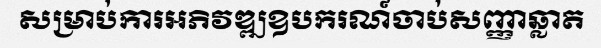
សម្រាប់ការអភិវឌ្ឍឧបករណ៍ចាប់សញ្ញាឆ្លាត